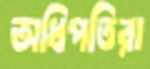
অধিপতিরা